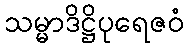
သမ္မာဒိဋ္ဌိပုရေဇဝံ